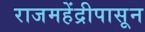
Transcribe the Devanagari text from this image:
राजमहेंद्रीपासून